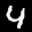
Label: 4